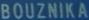
BOUZNIKA